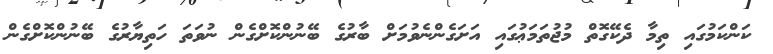
ކަންކަމުގައި ތިމާ ދެކޭގޮތް މުޖުތަމަޢުގައި އަށަގެންނެވުމަށް ބާރުގެ ބޭނުންކޮށްގެން ނުވަތަ ހަތިޔާރުގެ ބޭނުންކޮށްގެން